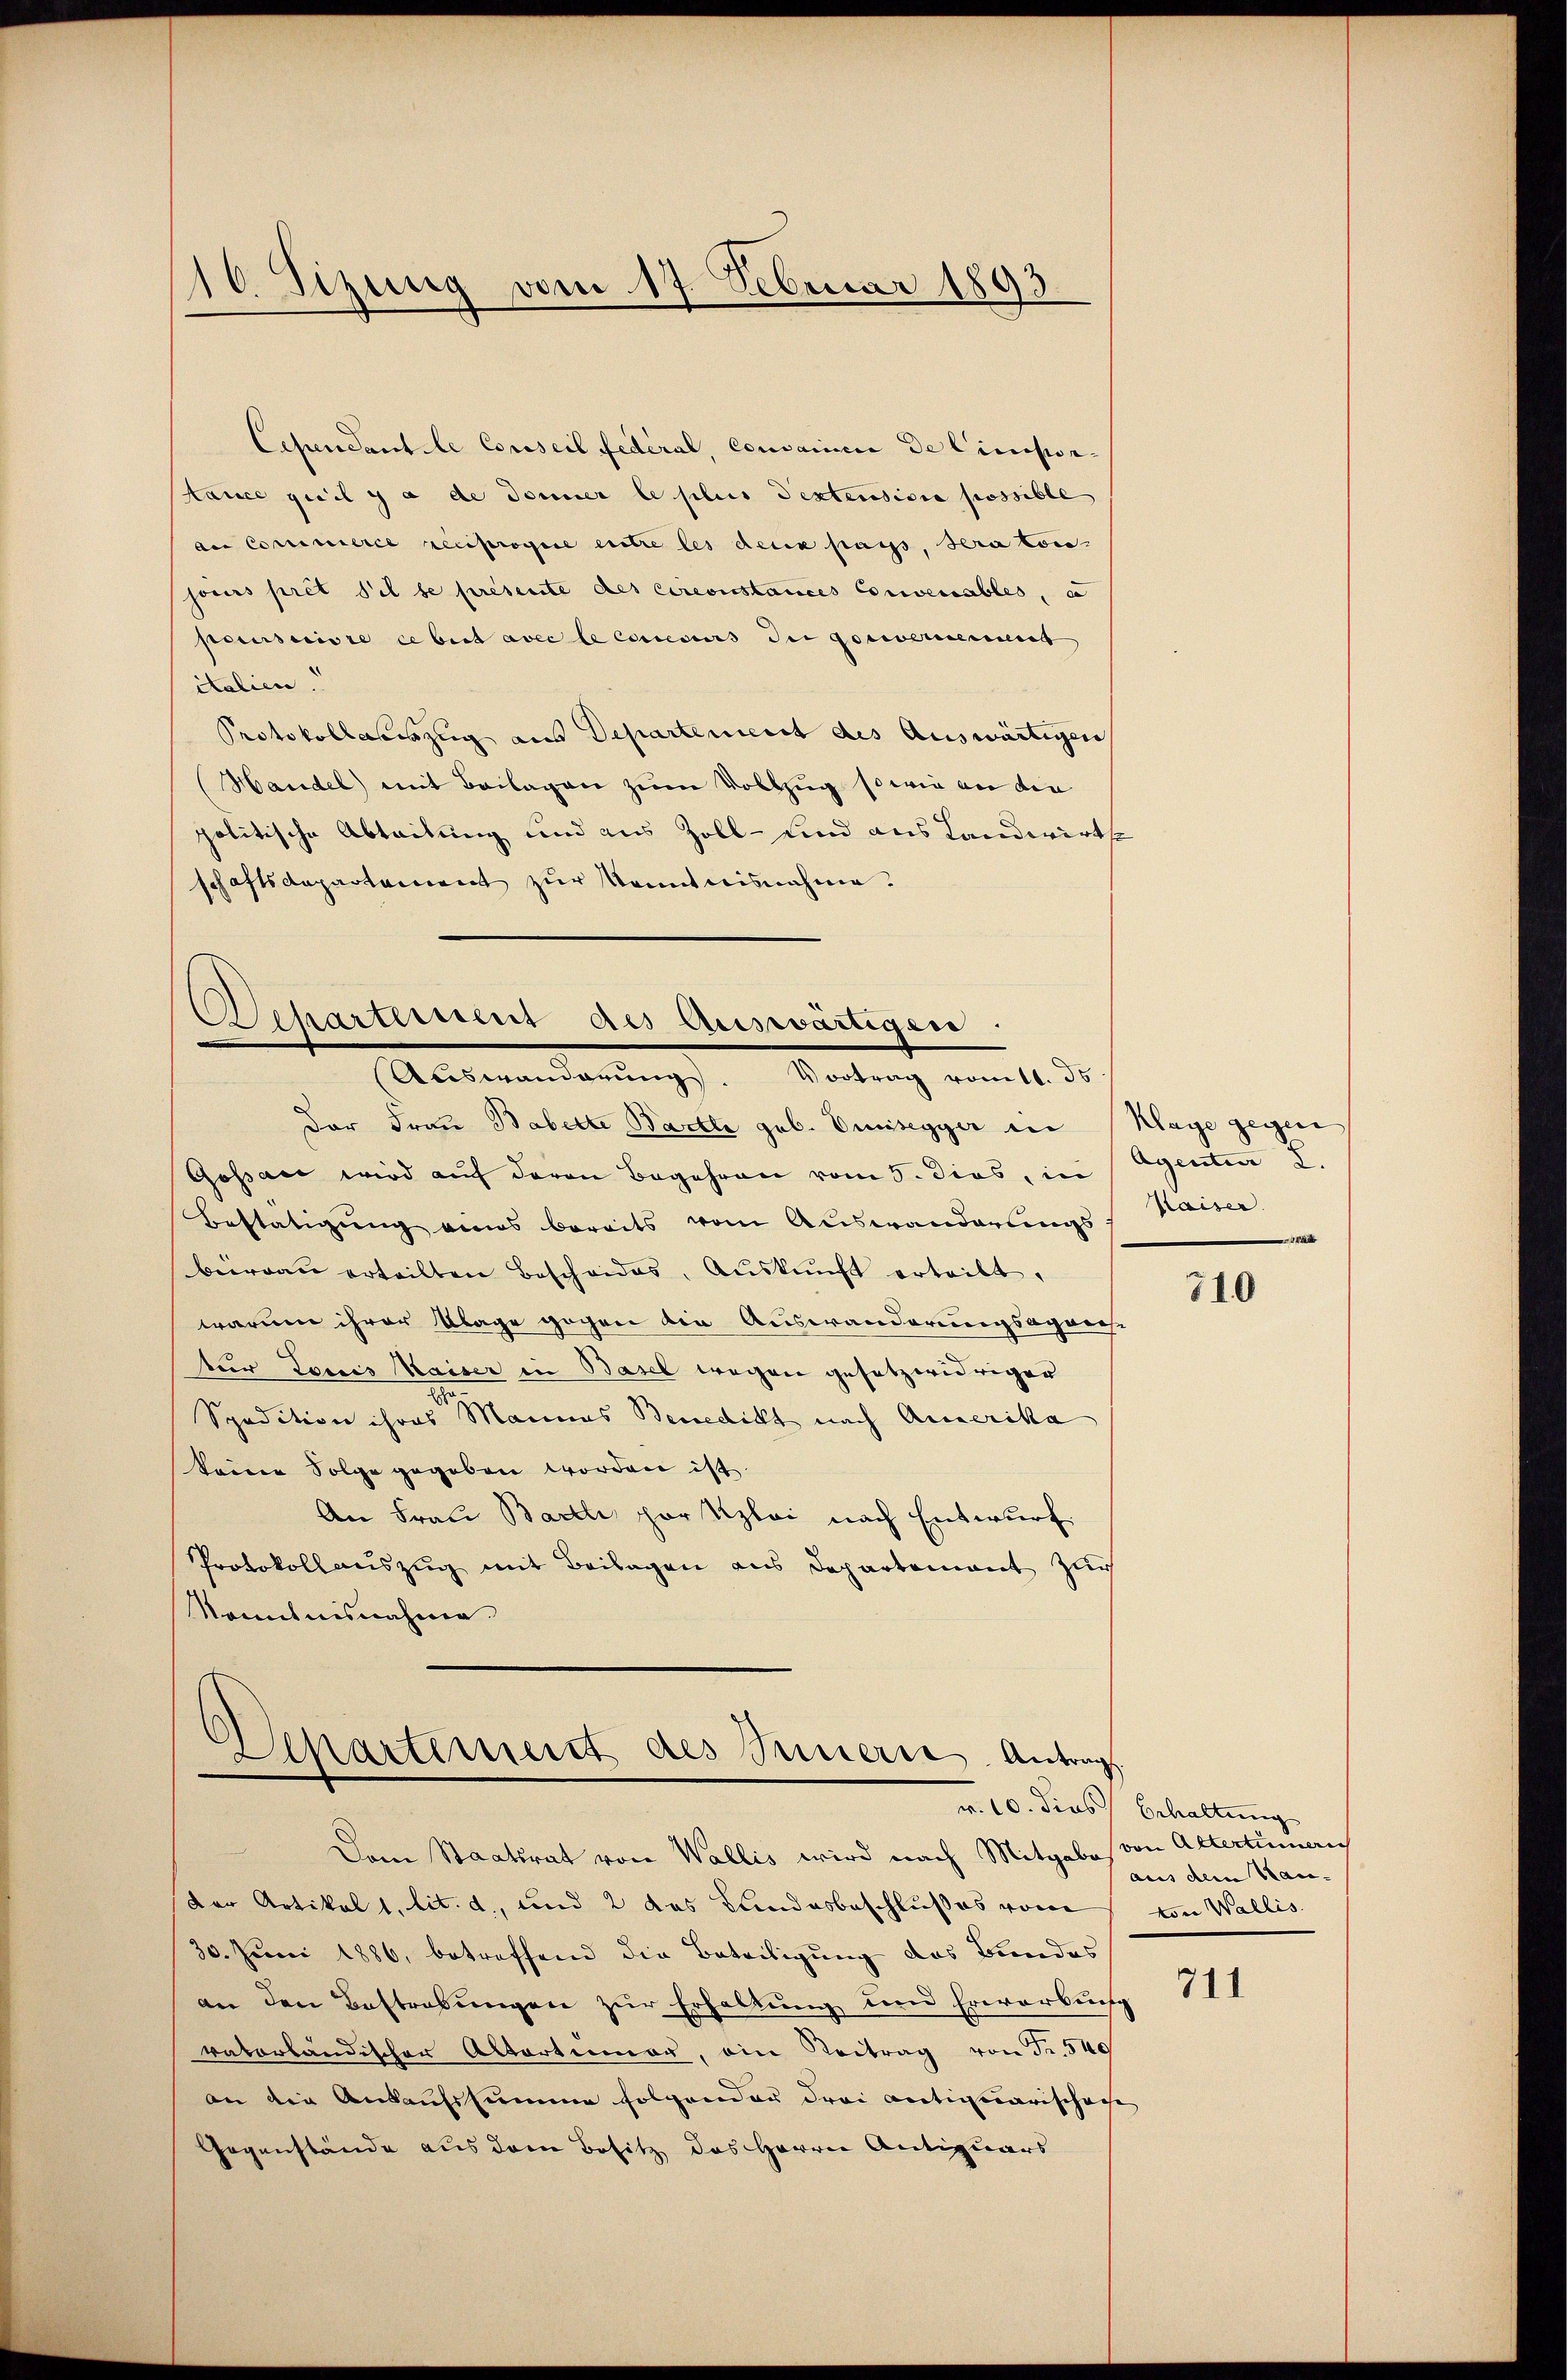
Cependant le Conseil fédéral, convainc de Cincipior
tance quil y a de donner le plus destension possible
de Commerce reciprogere entre les dein pass, sera ton
jours pret sel se presente des circonstances convenables, a
pccursuivre ce biet avec le correcurs der goscernement
italien.
Protokollauszug aus Departement des Auswärtigen
Handel mit Beilagen zum Vollzug sowie an die
politische Abteilung und aus Zoll- und aus Landwirts
schaftsdepartement zur Kenntnisnahme.

16. Tizung vom 17. Februar 1893.

Departement als Auswärtigen.
Abswanderŭng. Vortrag vom 11. ds.

der Frau Babette Bartli geb. Einsegger in
Gossac wird auf deren Begehren vom 5. dies, in
Bestätigung eines bereits vom Auswanderungs
büreaŭ erteilten Bescheides, Aŭskŭnft erteilt.
warum ihrer Klage gegen die Auswanderungsapanese
tur Loris Waiser in Basel wegen gesetzwidriger
.
Spedition ihres Mannes Benedicht nach Amerika
keine Folge gegeben worden ist.
An Frau Bartli par Kzlai nach Entwurf
Protokollauszug mit Beilagen aus Departement zur
ontnisnahme.

Separtement als Senierte Antrag

Dem Staatsrat von Wallis wird nach Mitgabes von Altertümern
Der Artikel 1, lit. d, und 2 das Bundesbeschlußes vom von Wallis.
30. Juni 1886, betreffend die Beteiligung des Bundes
an den Bestrabŭngen zur Erhaltung und Erwerbung
ratorländischer Altartimer, ein Beitrag von Fr. 540
an die Ankaufssumme folgender drei antiquarischafe
Gegenstände aus dem Besitz des Herrn Antiquars

Klage gegen
Agentia 2.
Paiser.
a

710

v. 10. dies Echaltung
aus dem Hau-

711